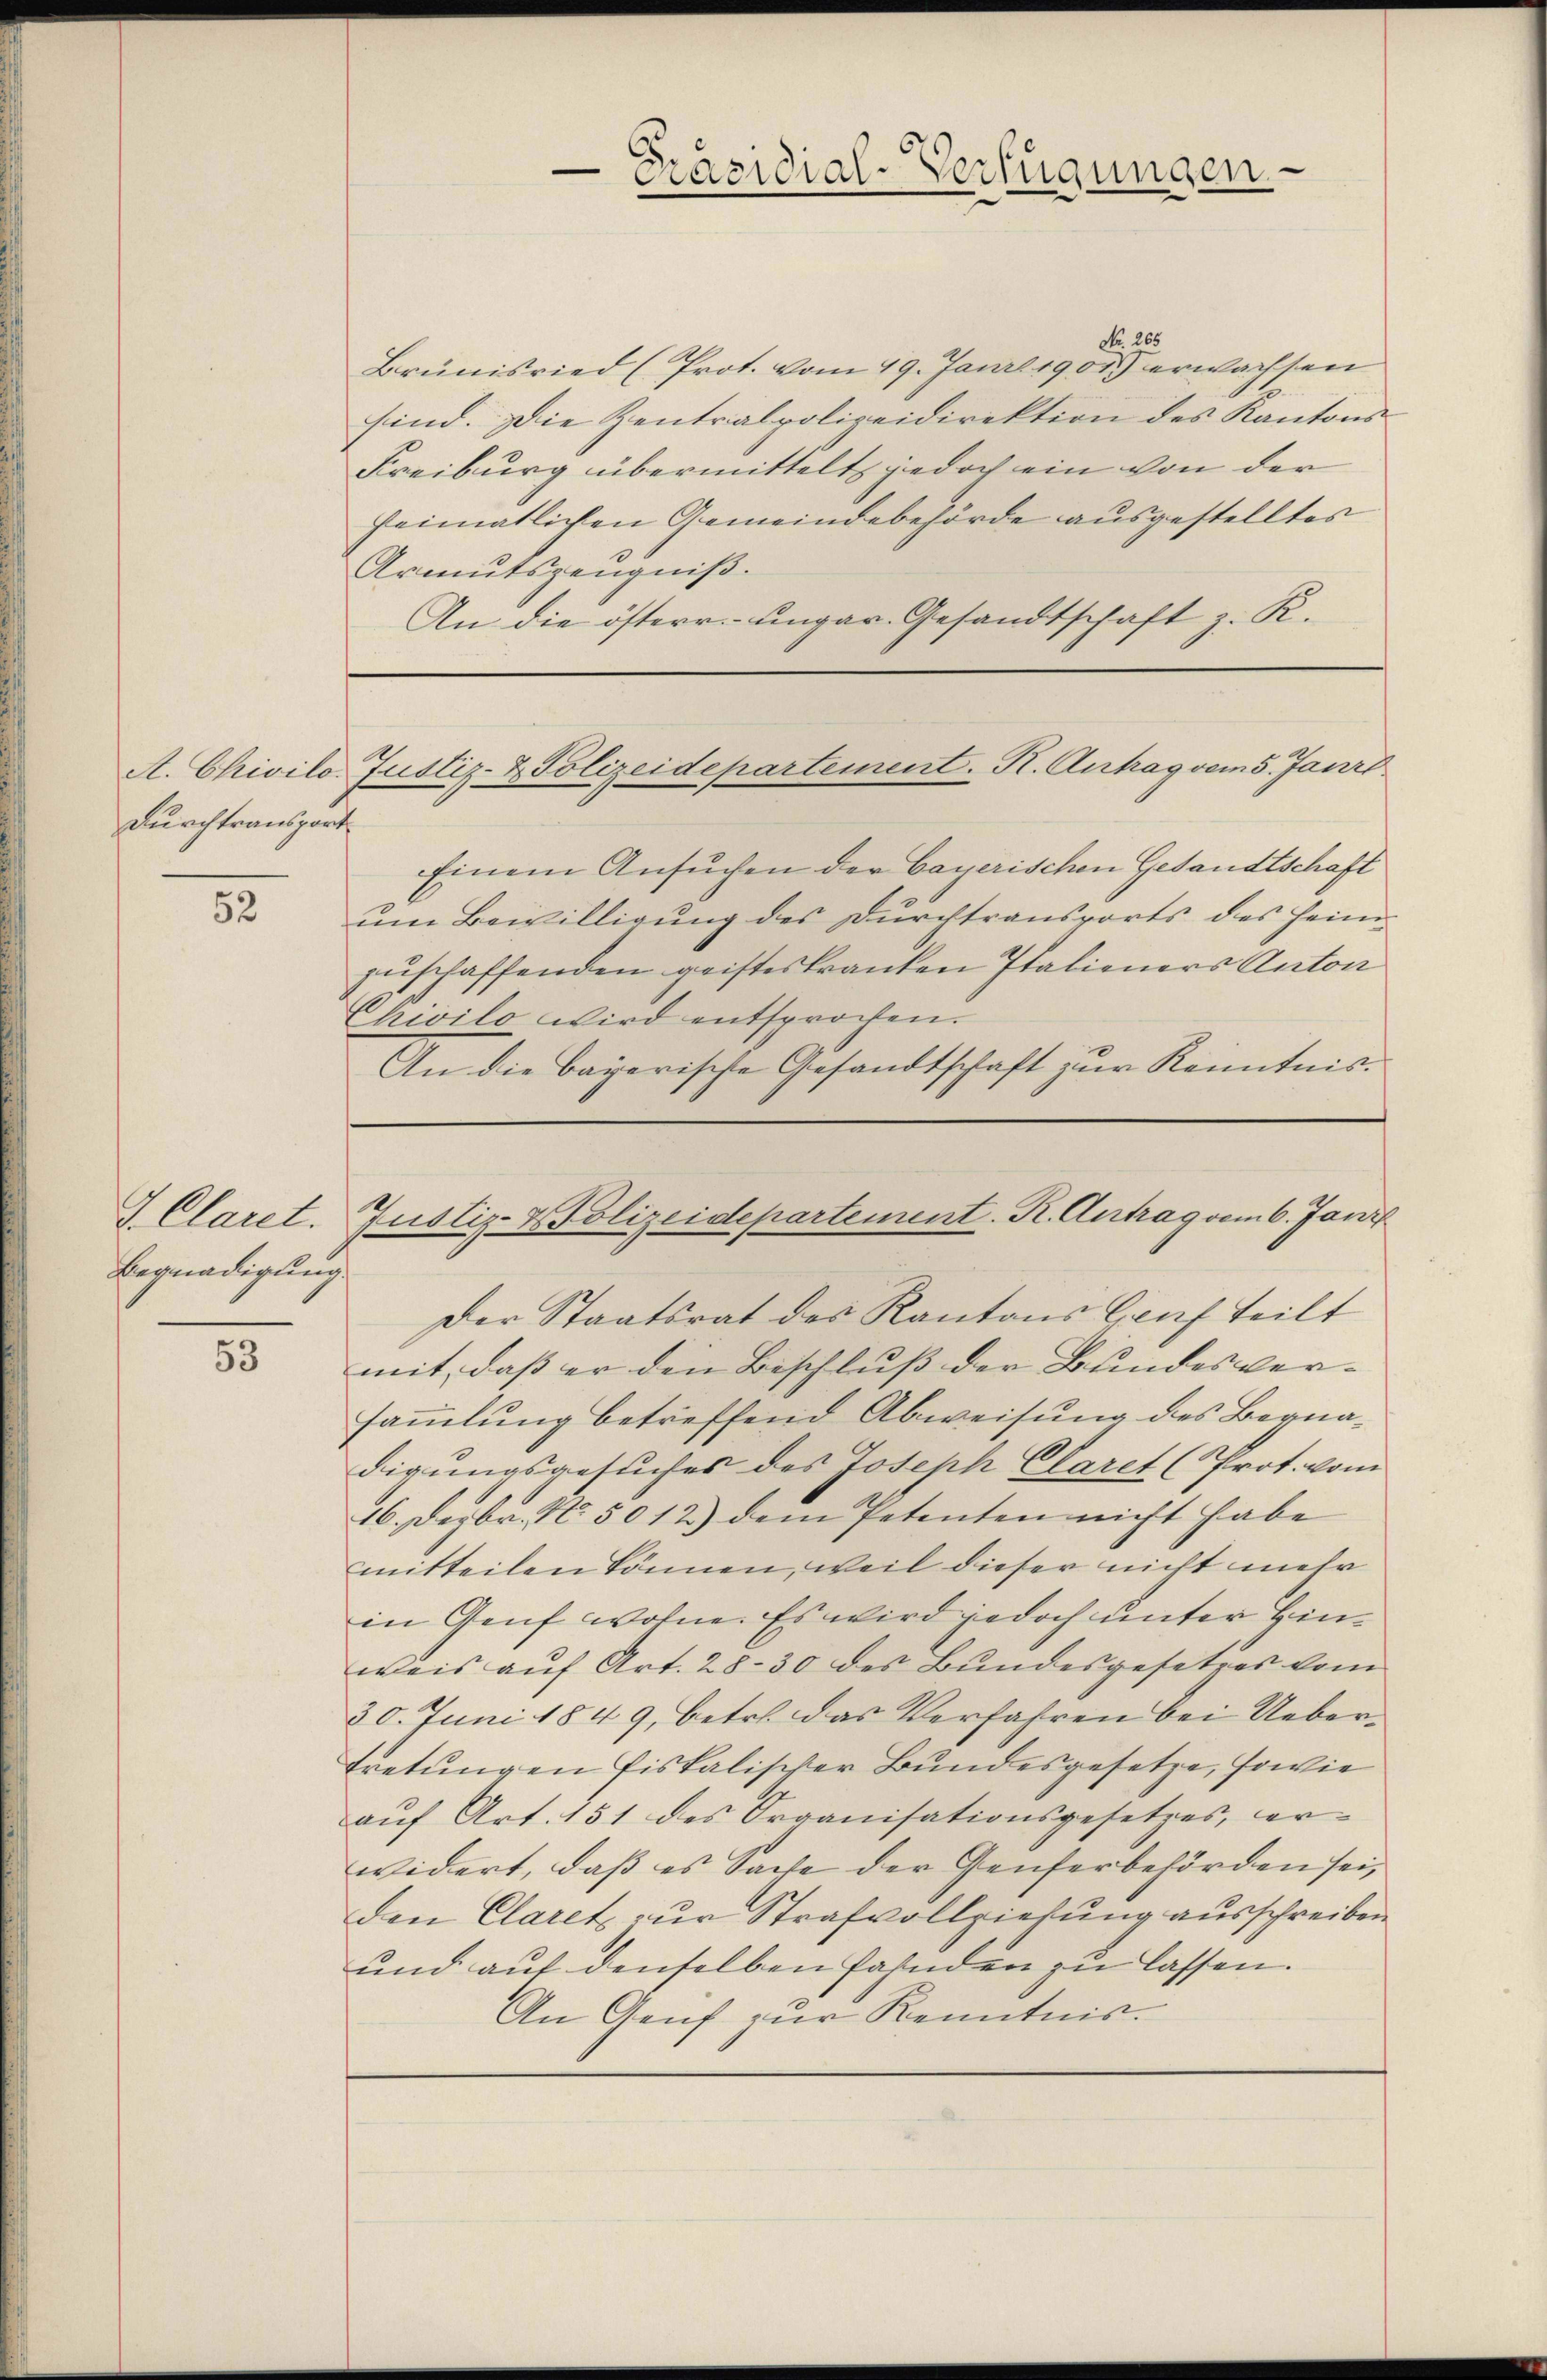
Durchtransport

52

I. Claret.
Begnadigung

53

No. 265
Brünisried (Prot. vom 19. Janrl 1903 erwachsen
sind. Die Zentralpolizeidirektion des Kantons¬
Freiburg übermittelt jedoch ein von der
seimatlichen Gemeindebehörde ausgestelltes
Armutszeugniß.
An die österr. ungar. Gesandtschaft z. R.

Einem Ansuchen der bayerischen Gesandtschaft
um Bewilligung des Durchtransports des Heimzuschaffenden geisteskranken Italieners Anton
Chivilo wird entsprochen.
An die Bayerische Gesandtschaft zur Kenntnis¬

-Präsidial-Verfügungen.

A. Chivilo. Justiz- & Polizeidepartement. K. Antrag vom 5. Janr

Justiz-Polizeidepartement. R. Antrag vom 6. Jani

Der Staatsrat des Kantons Genf teilt
mit, daß er den Beschluss der Bundesver- |
sammlung betreffend Abweisung des Begnadigungsgesuches des Joseph Claret (Prot. vom
16. Dezbr. No. 5012) dem Petenten nicht habe
mitteilen können, weil dieser nicht mehr
in Genf wohne. Es wird jedoch unter Hinweis auf Art. 28. 30 des Bundesgesetzes vom
20. Juni 1849, betr. das Verfahren bei Uebertretungen fiskalischer Bundesgesetze, sowie
aŭf Art. 151 des Organisationsgesetzes, cor-
widert, daß es Sache der Genferbehörden sei,
Den Claret zur Strafvollziehung ausschreiben
und auf denselben fahnden zu lassen.
An Genf zur Kenntnis.